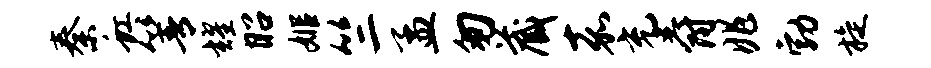
秦虹箐耀昭姬竺孟匆藏嘉充爵兆勃旋